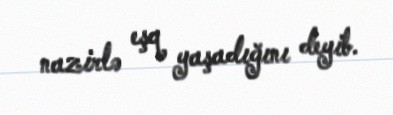
nazirlə eşq yaşadığını deyib.